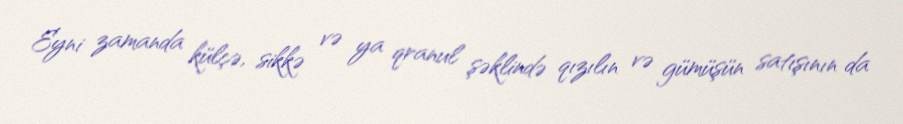
Eyni zamanda külçə, sikkə və ya qranul şəklində qızılın və gümüşün satışının da